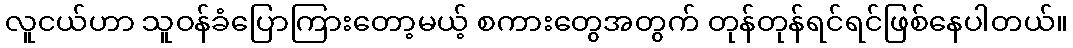
လူငယ်ဟာ သူဝန်ခံပြောကြားတော့မယ့် စကားတွေအတွက် တုန်တုန်ရင်ရင်ဖြစ်နေပါတယ်။